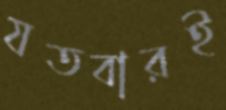
যতবারই